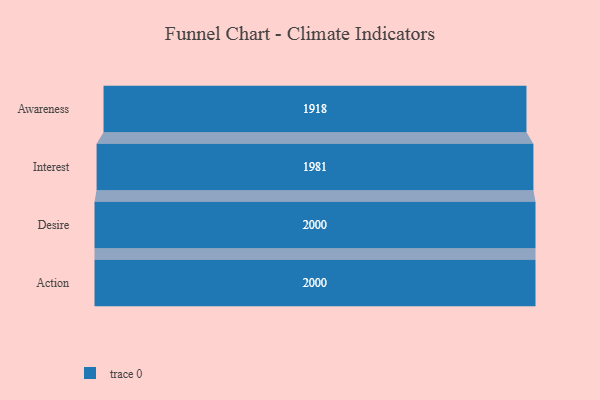
{"axis": {"x": "Stage", "y": "Value"}, "legend": [""], "data": [{"x": "Awareness", "y": 1918.0, "type": ""}, {"x": "Interest", "y": 1981.0, "type": ""}, {"x": "Desire", "y": 2000, "type": ""}, {"x": "Action", "y": 2000, "type": ""}]}